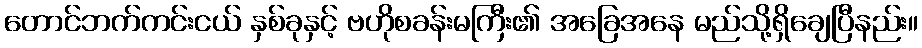
တောင်ဘက်ကင်းငယ် နှစ်ခုနှင့် ဗဟိုစခန်းမကြီး၏ အခြေအနေ မည်သို့ရှိချေပြီနည်း။